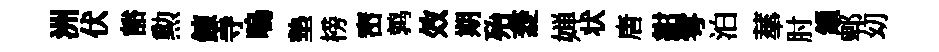
洲伏豁勲錬寺嗚墊榜崈鹑效期殆菱婵状唐紺雩泊蕐肘鎻郫㓜